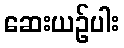
ဆေးယဉ်ပါး